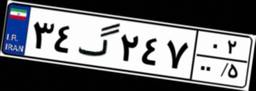
۷۲گ۴۵۵۱۵